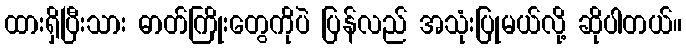
ထားရှိပြီးသား ဓာတ်ကြိုးတွေကိုပဲ ပြန်လည် အသုံးပြုမယ်လို့ ဆိုပါတယ်။